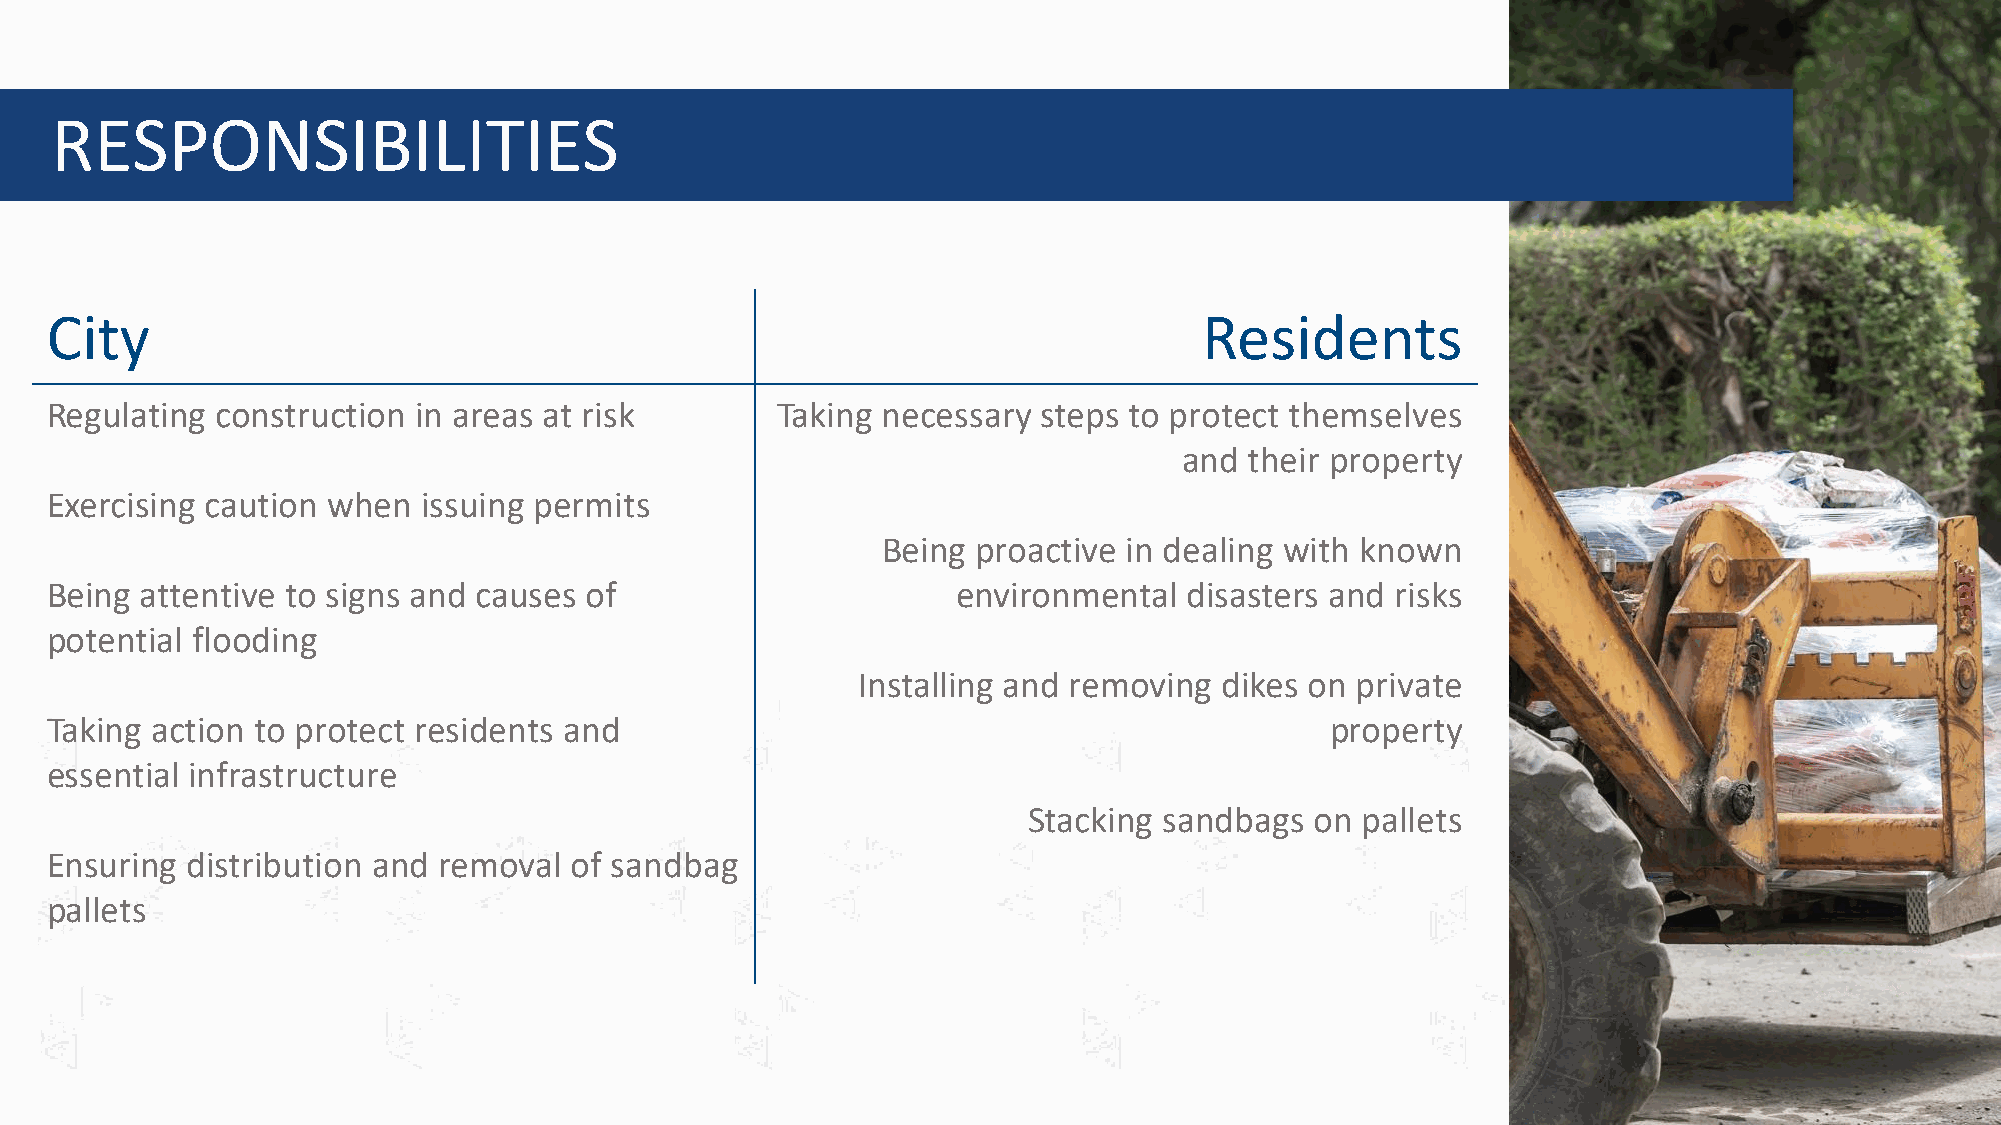
RESPONSIBILITIES
 City                                                                         Residents
 Regulating construction  in areas at risk       Taking necessary  steps to protect themselves
 and  their property
 Exercising caution when  issuing permits
 Being  proactive in dealing with known
 Being attentive to signs and causes of                      environmental   disasters and risks
 potential flooding
 Installing and removing dikes on private
 Taking action to protect residents and                                               property
 essential infrastructure
 Stacking sandbags  on pallets
 Ensuring distribution and removal  of sandbag
 pallets